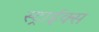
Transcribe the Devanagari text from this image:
स्ट्राईक्स